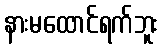
နားမထောင်ရက်ဘူး